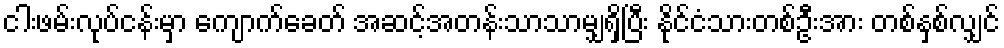
ငါးဖမ်းလုပ်ငန်းမှာ ကျောက်ခေတ် အဆင့်အတန်းသာသာမျှရှိပြီး နိုင်ငံသားတစ်ဦးအား တစ်နှစ်လျှင်